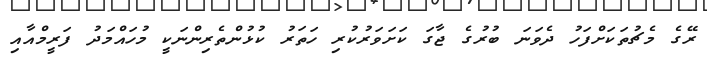
ރޭގެ މެޗުތަކަށްފަހު ދެވަނަ ބުރުގެ ޖާގަ ކަށަވަރުކުރި ހަތަރު ކުޅުންތެރިންނަކީ މުހައްމަދު ފަރީމްއާއި